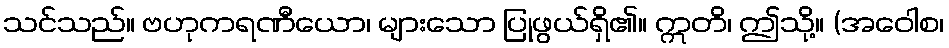
သင်သည်။ ဗဟုကရဏီယော၊ များသော ပြုဖွယ်ရှိ၏။ ဣတိ၊ ဤသို့။ (အဝေါစ၊